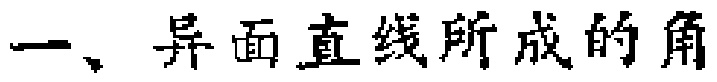
一、异面直线所成的角